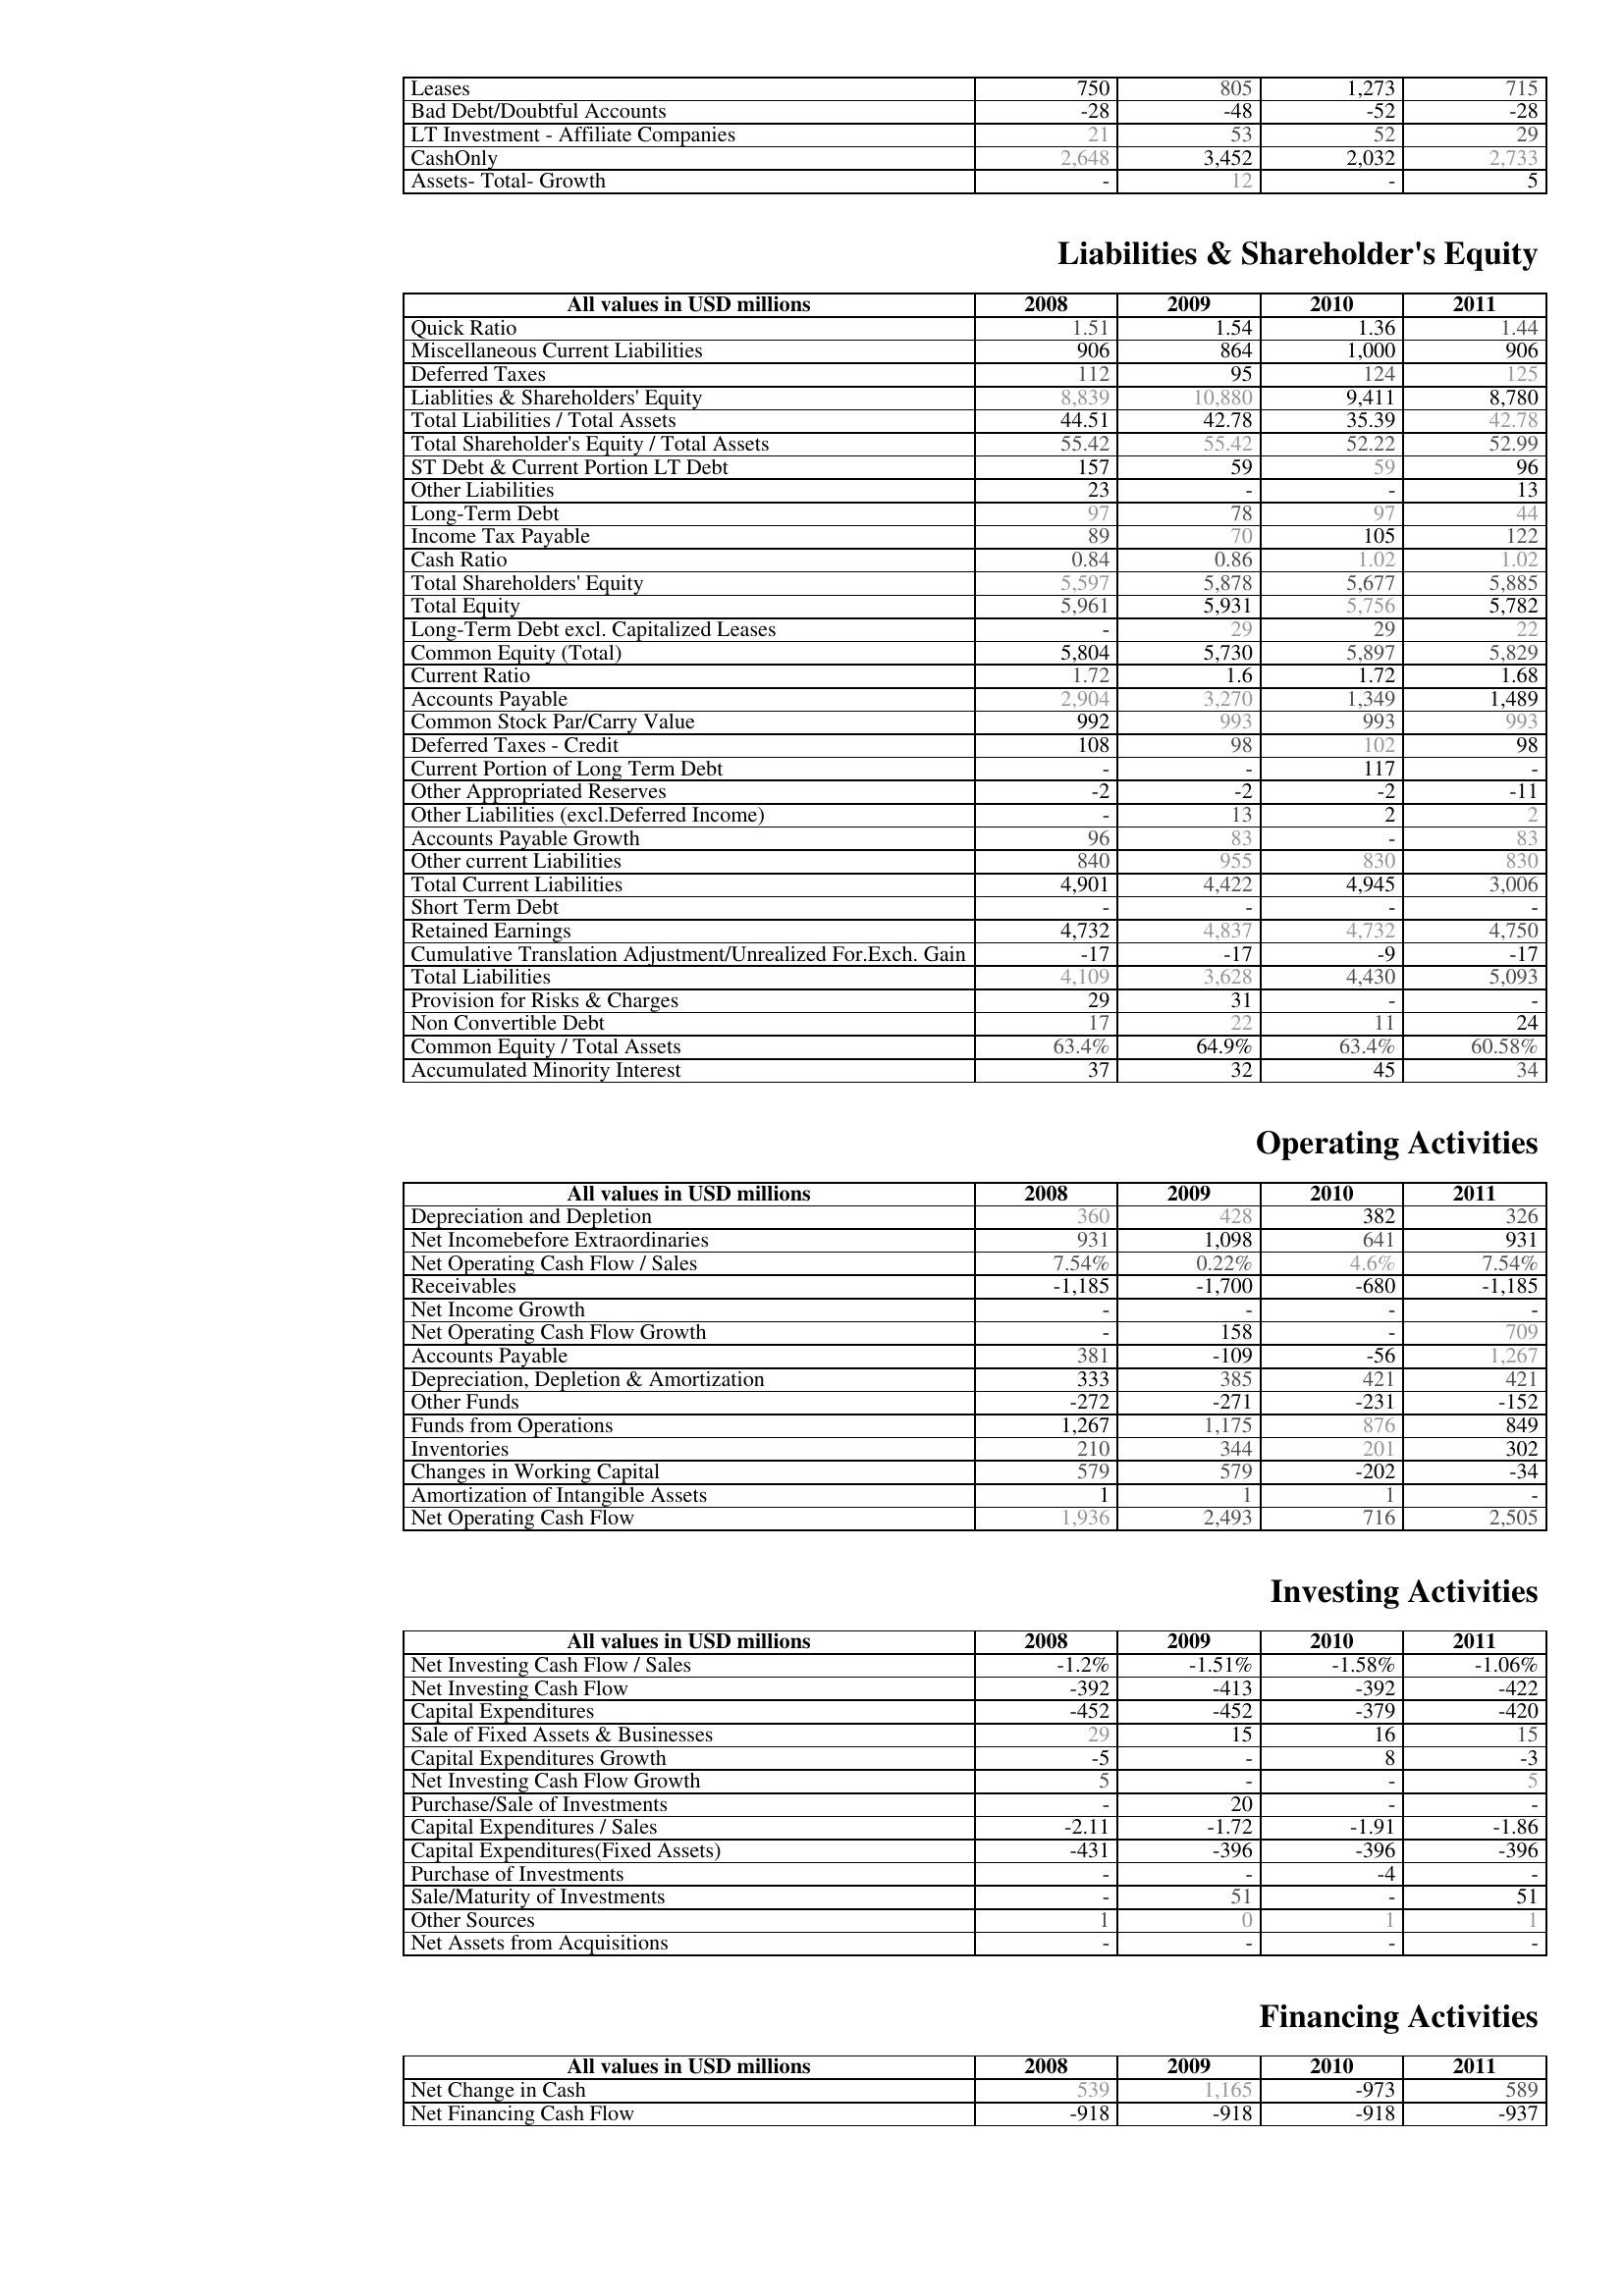
2008: Assets: Leases: 750
Bad Debt/Doubtful Accounts: -28
LT Investment - Affiliate Companies: 21
CashOnly: 2,648
Assets- Total- Growth: -
Liabilities & Shareholder's Equity: Quick Ratio: 1.51
Miscellaneous Current Liabilities: 906
Deferred Taxes: 112
Liablities & Shareholders' Equity: 8,839
Total Liabilities / Total Assets: 44.51
Total Shareholder's Equity / Total Assets: 55.42
ST Debt & Current Portion LT Debt: 157
Other Liabilities: 23
Long-Term Debt: 97
Income Tax Payable: 89
Cash Ratio: 0.84
Total Shareholders' Equity: 5,597
Total Equity: 5,961
Long-Term Debt excl. Capitalized Leases: -
Common Equity (Total): 5,804
Current Ratio: 1.72
Accounts Payable: 2,904
Common Stock Par/Carry Value: 992
Deferred Taxes - Credit: 108
Current Portion of Long Term Debt: -
Other Appropriated Reserves: -2
Other Liabilities (excl.Deferred Income): -
Accounts Payable Growth: 96
Other current Liabilities: 840
Total Current Liabilities: 4,901
Short Term Debt: -
Retained Earnings: 4,732
Cumulative Translation Adjustment/Unrealized For.Exch. Gain: -17
Total Liabilities: 4,109
Provision for Risks & Charges: 29
Non Convertible Debt: 17
Common Equity / Total Assets: 63.4%
Accumulated Minority Interest: 37
Operating Activities: Depreciation and Depletion: 360
Net Incomebefore Extraordinaries: 931
Net Operating Cash Flow / Sales: 7.54%
Receivables: -1,185
Net Income Growth: -
Net Operating Cash Flow Growth: -
Accounts Payable: 381
Depreciation, Depletion & Amortization: 333
Other Funds: -272
Funds from Operations: 1,267
Inventories: 210
Changes in Working Capital: 579
Amortization of Intangible Assets: 1
Net Operating Cash Flow: 1,936
Investing Activities: Net Investing Cash Flow / Sales: -1.2%
Net Investing Cash Flow: -392
Capital Expenditures: -452
Sale of Fixed Assets & Businesses: 29
Capital Expenditures Growth: -5
Net Investing Cash Flow Growth: 5
Purchase/Sale of Investments: -
Capital Expenditures / Sales: -2.11
Capital Expenditures(Fixed Assets): -431
Purchase of Investments: -
Sale/Maturity of Investments: -
Other Sources: 1
Net Assets from Acquisitions: -
Financing Activities: Net Change in Cash: 539
Net Financing Cash Flow: -918
2009: Assets: Leases: 805
Bad Debt/Doubtful Accounts: -48
LT Investment - Affiliate Companies: 53
CashOnly: 3,452
Assets- Total- Growth: 12
Liabilities & Shareholder's Equity: Quick Ratio: 1.54
Miscellaneous Current Liabilities: 864
Deferred Taxes: 95
Liablities & Shareholders' Equity: 10,880
Total Liabilities / Total Assets: 42.78
Total Shareholder's Equity / Total Assets: 55.42
ST Debt & Current Portion LT Debt: 59
Other Liabilities: -
Long-Term Debt: 78
Income Tax Payable: 70
Cash Ratio: 0.86
Total Shareholders' Equity: 5,878
Total Equity: 5,931
Long-Term Debt excl. Capitalized Leases: 29
Common Equity (Total): 5,730
Current Ratio: 1.6
Accounts Payable: 3,270
Common Stock Par/Carry Value: 993
Deferred Taxes - Credit: 98
Current Portion of Long Term Debt: -
Other Appropriated Reserves: -2
Other Liabilities (excl.Deferred Income): 13
Accounts Payable Growth: 83
Other current Liabilities: 955
Total Current Liabilities: 4,422
Short Term Debt: -
Retained Earnings: 4,837
Cumulative Translation Adjustment/Unrealized For.Exch. Gain: -17
Total Liabilities: 3,628
Provision for Risks & Charges: 31
Non Convertible Debt: 22
Common Equity / Total Assets: 64.9%
Accumulated Minority Interest: 32
Operating Activities: Depreciation and Depletion: 428
Net Incomebefore Extraordinaries: 1,098
Net Operating Cash Flow / Sales: 0.22%
Receivables: -1,700
Net Income Growth: -
Net Operating Cash Flow Growth: 158
Accounts Payable: -109
Depreciation, Depletion & Amortization: 385
Other Funds: -271
Funds from Operations: 1,175
Inventories: 344
Changes in Working Capital: 579
Amortization of Intangible Assets: 1
Net Operating Cash Flow: 2,493
Investing Activities: Net Investing Cash Flow / Sales: -1.51%
Net Investing Cash Flow: -413
Capital Expenditures: -452
Sale of Fixed Assets & Businesses: 15
Capital Expenditures Growth: -
Net Investing Cash Flow Growth: -
Purchase/Sale of Investments: 20
Capital Expenditures / Sales: -1.72
Capital Expenditures(Fixed Assets): -396
Purchase of Investments: -
Sale/Maturity of Investments: 51
Other Sources: 0
Net Assets from Acquisitions: -
Financing Activities: Net Change in Cash: 1,165
Net Financing Cash Flow: -918
2010: Assets: Leases: 1,273
Bad Debt/Doubtful Accounts: -52
LT Investment - Affiliate Companies: 52
CashOnly: 2,032
Assets- Total- Growth: -
Liabilities & Shareholder's Equity: Quick Ratio: 1.36
Miscellaneous Current Liabilities: 1,000
Deferred Taxes: 124
Liablities & Shareholders' Equity: 9,411
Total Liabilities / Total Assets: 35.39
Total Shareholder's Equity / Total Assets: 52.22
ST Debt & Current Portion LT Debt: 59
Other Liabilities: -
Long-Term Debt: 97
Income Tax Payable: 105
Cash Ratio: 1.02
Total Shareholders' Equity: 5,677
Total Equity: 5,756
Long-Term Debt excl. Capitalized Leases: 29
Common Equity (Total): 5,897
Current Ratio: 1.72
Accounts Payable: 1,349
Common Stock Par/Carry Value: 993
Deferred Taxes - Credit: 102
Current Portion of Long Term Debt: 117
Other Appropriated Reserves: -2
Other Liabilities (excl.Deferred Income): 2
Accounts Payable Growth: -
Other current Liabilities: 830
Total Current Liabilities: 4,945
Short Term Debt: -
Retained Earnings: 4,732
Cumulative Translation Adjustment/Unrealized For.Exch. Gain: -9
Total Liabilities: 4,430
Provision for Risks & Charges: -
Non Convertible Debt: 11
Common Equity / Total Assets: 63.4%
Accumulated Minority Interest: 45
Operating Activities: Depreciation and Depletion: 382
Net Incomebefore Extraordinaries: 641
Net Operating Cash Flow / Sales: 4.6%
Receivables: -680
Net Income Growth: -
Net Operating Cash Flow Growth: -
Accounts Payable: -56
Depreciation, Depletion & Amortization: 421
Other Funds: -231
Funds from Operations: 876
Inventories: 201
Changes in Working Capital: -202
Amortization of Intangible Assets: 1
Net Operating Cash Flow: 716
Investing Activities: Net Investing Cash Flow / Sales: -1.58%
Net Investing Cash Flow: -392
Capital Expenditures: -379
Sale of Fixed Assets & Businesses: 16
Capital Expenditures Growth: 8
Net Investing Cash Flow Growth: -
Purchase/Sale of Investments: -
Capital Expenditures / Sales: -1.91
Capital Expenditures(Fixed Assets): -396
Purchase of Investments: -4
Sale/Maturity of Investments: -
Other Sources: 1
Net Assets from Acquisitions: -
Financing Activities: Net Change in Cash: -973
Net Financing Cash Flow: -918
2011: Assets: Leases: 715
Bad Debt/Doubtful Accounts: -28
LT Investment - Affiliate Companies: 29
CashOnly: 2,733
Assets- Total- Growth: 5
Liabilities & Shareholder's Equity: Quick Ratio: 1.44
Miscellaneous Current Liabilities: 906
Deferred Taxes: 125
Liablities & Shareholders' Equity: 8,780
Total Liabilities / Total Assets: 42.78
Total Shareholder's Equity / Total Assets: 52.99
ST Debt & Current Portion LT Debt: 96
Other Liabilities: 13
Long-Term Debt: 44
Income Tax Payable: 122
Cash Ratio: 1.02
Total Shareholders' Equity: 5,885
Total Equity: 5,782
Long-Term Debt excl. Capitalized Leases: 22
Common Equity (Total): 5,829
Current Ratio: 1.68
Accounts Payable: 1,489
Common Stock Par/Carry Value: 993
Deferred Taxes - Credit: 98
Current Portion of Long Term Debt: -
Other Appropriated Reserves: -11
Other Liabilities (excl.Deferred Income): 2
Accounts Payable Growth: 83
Other current Liabilities: 830
Total Current Liabilities: 3,006
Short Term Debt: -
Retained Earnings: 4,750
Cumulative Translation Adjustment/Unrealized For.Exch. Gain: -17
Total Liabilities: 5,093
Provision for Risks & Charges: -
Non Convertible Debt: 24
Common Equity / Total Assets: 60.58%
Accumulated Minority Interest: 34
Operating Activities: Depreciation and Depletion: 326
Net Incomebefore Extraordinaries: 931
Net Operating Cash Flow / Sales: 7.54%
Receivables: -1,185
Net Income Growth: -
Net Operating Cash Flow Growth: 709
Accounts Payable: 1,267
Depreciation, Depletion & Amortization: 421
Other Funds: -152
Funds from Operations: 849
Inventories: 302
Changes in Working Capital: -34
Amortization of Intangible Assets: -
Net Operating Cash Flow: 2,505
Investing Activities: Net Investing Cash Flow / Sales: -1.06%
Net Investing Cash Flow: -422
Capital Expenditures: -420
Sale of Fixed Assets & Businesses: 15
Capital Expenditures Growth: -3
Net Investing Cash Flow Growth: 5
Purchase/Sale of Investments: -
Capital Expenditures / Sales: -1.86
Capital Expenditures(Fixed Assets): -396
Purchase of Investments: -
Sale/Maturity of Investments: 51
Other Sources: 1
Net Assets from Acquisitions: -
Financing Activities: Net Change in Cash: 589
Net Financing Cash Flow: -937